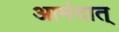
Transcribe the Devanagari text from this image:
आमंदात्‌